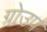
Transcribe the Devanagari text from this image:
ग्रोउप